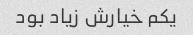
یکم خیارش زیاد بود